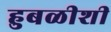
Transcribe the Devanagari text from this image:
हुबळीशी